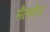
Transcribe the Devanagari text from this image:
सैलवेज